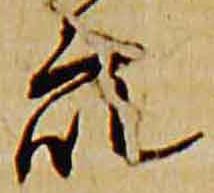
衆